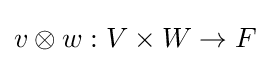
v\otimes w:V\times W\to F